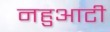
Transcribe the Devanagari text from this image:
नहुआटी